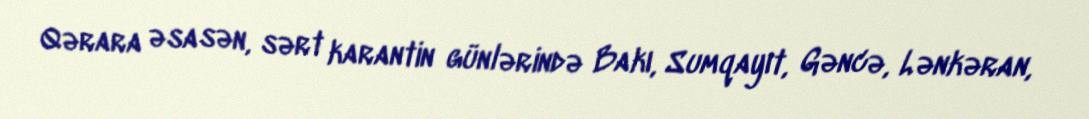
Qərara əsasən, sərt karantin günlərində Bakı, Sumqayıt, Gəncə, Lənkəran,